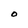
Character: O